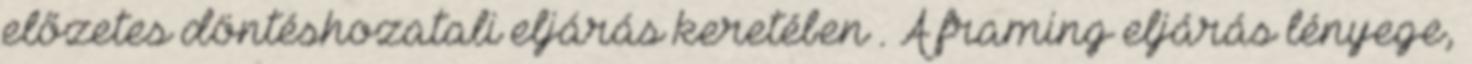
előzetes döntéshozatali eljárás keretében . A framing eljárás lényege,